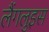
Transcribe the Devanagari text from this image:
लैंगलुइस